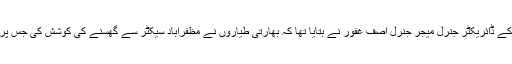
پاک فوج کے شعبہ تعلقاتِ عامہ (آئی ایس پی آر) کے ڈائریکٹر جنرل میجر جنرل آصف غفور نے بتایا تھا کہ بھارتی طیاروں نے مظفرآباد سیکٹر سے گھسنے کی کوشش کی جس پر پاک فضائیہ نے فوری اور بروقت کارروائی کی۔